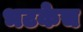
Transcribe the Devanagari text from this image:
भटकेच